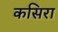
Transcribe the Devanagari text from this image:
कसिरा